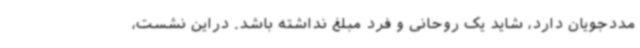
مددجویان دارد، شاید یک روحانی و فرد مبلغ نداشته باشد. دراین نشست،